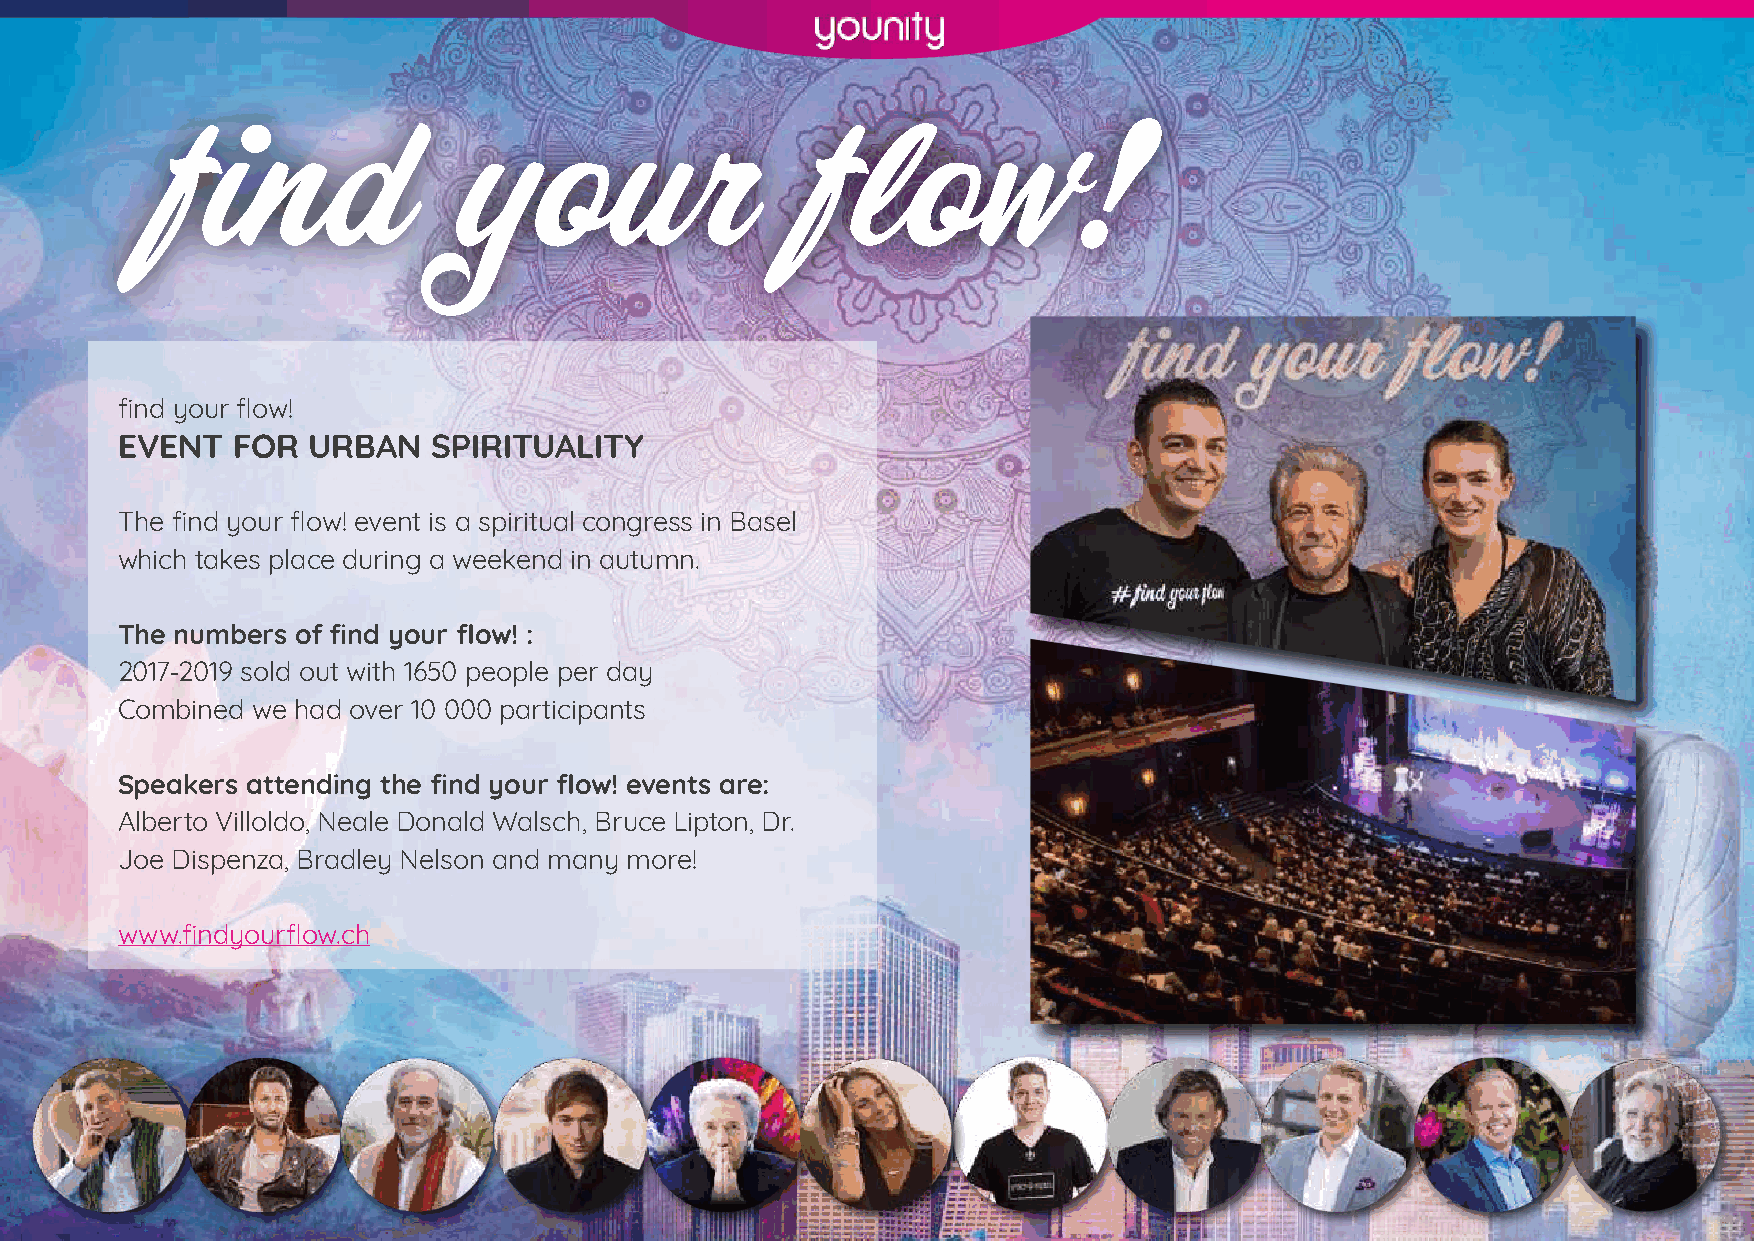
find your flow!
 EVENT  FOR  URBAN    SPIRITUALITY
 The find your flow! event is a spiritual congress in Basel
 which takes place during a weekend in autumn.
 The numbers of find your flow! :
 2017-2019 sold out with 1650 people per day
 Combined we had over 10 000 participants
 Speakers attending the find your flow! events are:
 Alberto Villoldo, Neale Donald Walsch, Bruce Lipton, Dr.
 Joe Dispenza, Bradley Nelson and many more!
 www.findyourflow.ch